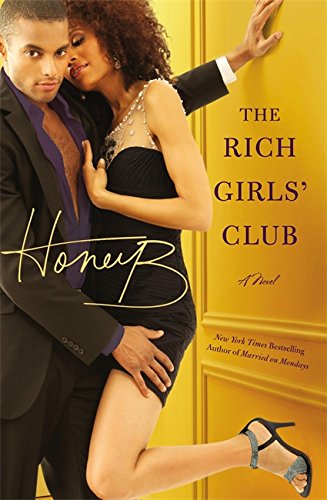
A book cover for The Rich Girls' Club; HoneyB; Romance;